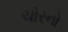
ચોરનો